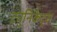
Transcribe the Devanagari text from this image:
ट्युनिकेट्स